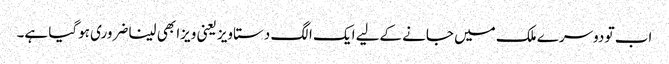
اب تو دوسرے ملک میں جانے کےلیے ایک الگ دستاویز یعنی ویزا بھی لینا ضروری ہوگیا ہے۔